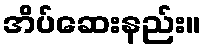
အိပ်ဆေးနည်း။